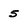
Character: 5